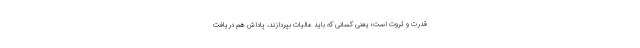
قدرت و ثروت است؛ یعنی کسانی که باید مالیات بپردازند، پاداش هم دریافت